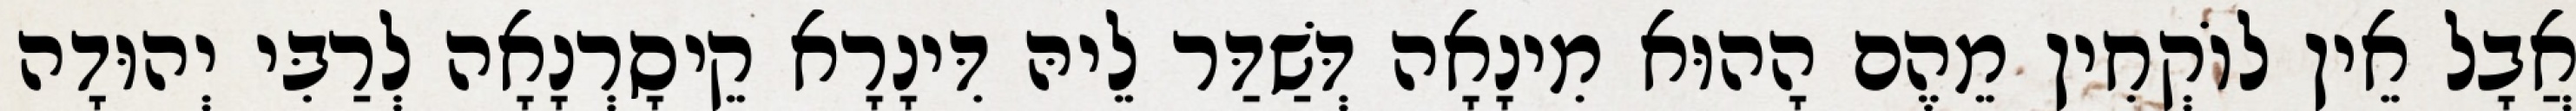
אֲבָל אֵין לוֹקְחִין מֵהֶם הָהוּא מִינָאָה דְּשַׁדַּר לֵיהּ דִּינָרָא קֵיסָרְנָאָה לְרַבִּי יְהוּדָה